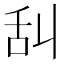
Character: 舏